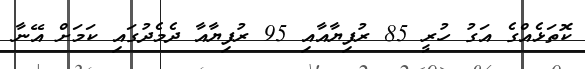
ކޮތަޅެއްގެ އަގު ހުރީ 85 ރުފިޔާއާއި 95 ރުފިޔާއާ ދެމެދުގައި ކަމަށް އޭނާ